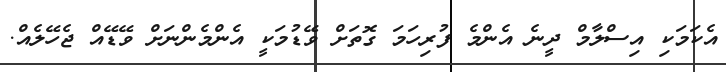
އެކަމަކި އިސްލާމް ދީނެ އެންމެ ފުރިހަމަ ގޮތަށް ވޭޑުމަކީ އެންމެންނަށް ވޭޑޭއް ޖެހޭލެއް.